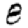
Digit: 8